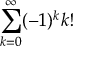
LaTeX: \sum _ { k = 0 } ^ { \infty } ( - 1 ) ^ { k } k !